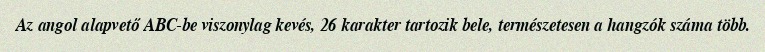
Az angol alapvető ABC-be viszonylag kevés, 26 karakter tartozik bele, természetesen a hangzók száma több.